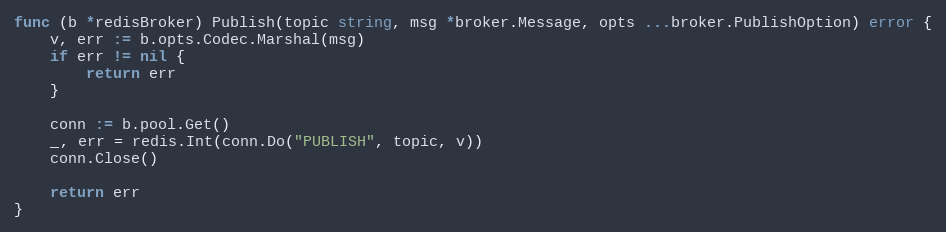
Language: Go
func (b *redisBroker) Publish(topic string, msg *broker.Message, opts ...broker.PublishOption) error {
	v, err := b.opts.Codec.Marshal(msg)
	if err != nil {
		return err
	}

	conn := b.pool.Get()
	_, err = redis.Int(conn.Do("PUBLISH", topic, v))
	conn.Close()

	return err
}